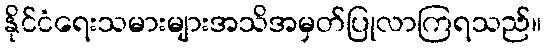
နိုင်ငံရေးသမားများအသိအမှတ်ပြုလာကြရသည်။